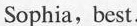
Sophia, best.